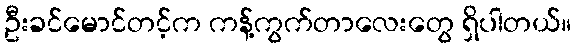
ဦးခင်မောင်တင့်က ကန့်ကွက်တာလေးတွေ ရှိပါတယ်။